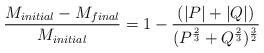
\begin{align*}{M_{initial}- M_{final}\over M_{initial}} = 1 - { (|P|+|Q|)\over( P^ { 2 \over 3} + Q ^ { 2 \over 3} ) ^ {3 \over 2}}\end{align*}